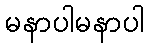
မနာပါမနာပါ